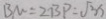
B M = 2 B P = \sqrt { 3 } x